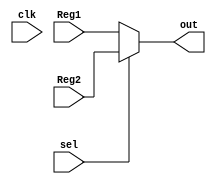
module mux32(clk, Reg1, Reg2, sel, out);

input sel, clk;
input [0:31] Reg1;
input [0:31] Reg2;
output reg[0:31] out;

always @ (*) begin
	 out = sel == 0? Reg1:
	 sel ==1? Reg2 : 0;
end
endmodule

module mux32v(clk, Reg1, Reg2, sel, out);

input sel, clk;
input [0:31] Reg1;
input [0:31] Reg2;
output reg[0:31] out;

always @ (posedge clk) begin
	 out = sel == 0? Reg1:
	 sel ==1? Reg2 : 0;
end
endmodule

module mux5(clk, Reg1, Reg2, sel, out);

input sel, clk;
input [0:4] Reg1;
input [0:4] Reg2;
output reg[0:4] out;

always @ (*) begin
	out = sel == 0? Reg1:
        sel ==1? Reg2 : 0;
end
endmodule

module mux10(clk, Reg1, Reg2, sel, out);

input sel, clk;
input [0:9] Reg1, Reg2;
output reg [0:9] out;

always @(*) begin
	 out = sel == 0? Reg1:
	sel ==1? Reg2 : 0;
end

endmodule

module mux_tri(clk, Reg1, Reg2, Reg3, sel, out);

input clk;
input [0:1] sel;
input [0:4] Reg1, Reg2;
input [0:31] Reg3;
output reg [0:31]out;

always @(*) begin
	out = sel == 0? Reg1:
	sel == 1? Reg2:
	sel == 2? Reg3 : 0;
end

endmodule

module mux32tri (clk, Reg1, Reg2, Reg3, sel, out);

input clk;
input [0:1] sel;
input [0:31] Reg1, Reg2, Reg3;
output reg [0:31] out;

always @(*) begin
	out = sel == 0? Reg1:
	sel == 1? Reg2:
	sel == 2? Reg3 : 0;
end

endmodule